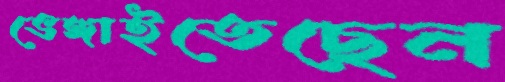
ভেঙ্গাইতেছেন